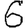
Digit: 6